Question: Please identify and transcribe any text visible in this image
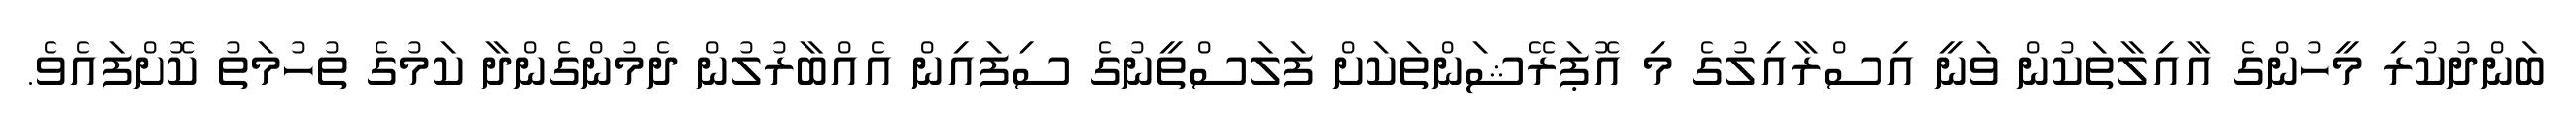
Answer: ބަންދުކުރި މީހުންގެ އާއިލާތަކުން ވަނީ އިސްރާއިލުގެ މި އޮޕަރޭޝަންތަކަށް ފަލަސްތީނުގެ ސިފައިން އެއްބާރުލުން ދެމުންގެންދާ ކަމުގެ ތުހުމަތު ކޮށްފައެވެ.